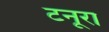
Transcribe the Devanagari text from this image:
टनूरा